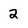
Character: 2